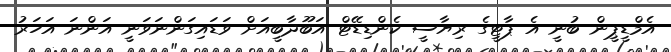
އެމްޑީޕީން ބުނީ އެ ޕާޓީގެ ރިޔާސީ ކެންޑިޑޭޓް އަބޫދާބީއަށް ވަޑައިގަންނަވަނީ އަންނަ އަހަރު